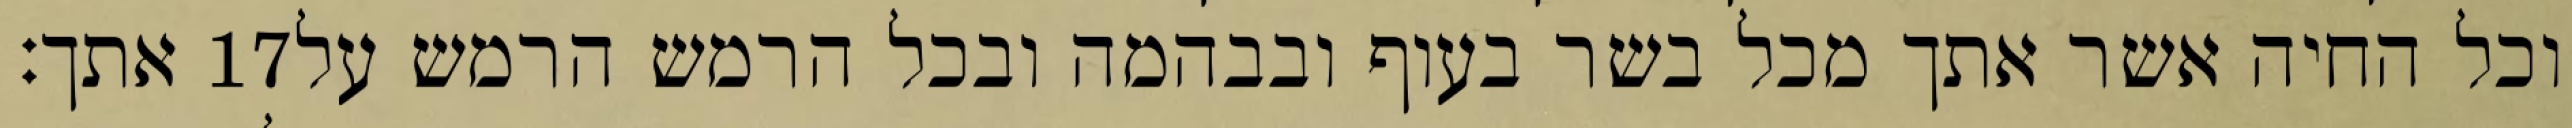
אתך׃ ‎17‏ וכל החיה אשר אתך מכל בשר בעוף ובבהמה ובכל הרמש הרמש על